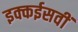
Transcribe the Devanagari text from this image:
इक्कईसवीं